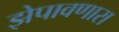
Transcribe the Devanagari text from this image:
झेपावणारा